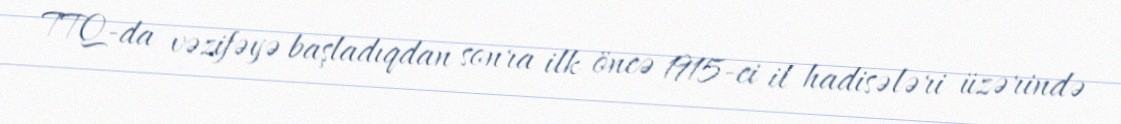
TTQ-da vəzifəyə başladıqdan sonra ilk öncə 1915-ci il hadisələri üzərində